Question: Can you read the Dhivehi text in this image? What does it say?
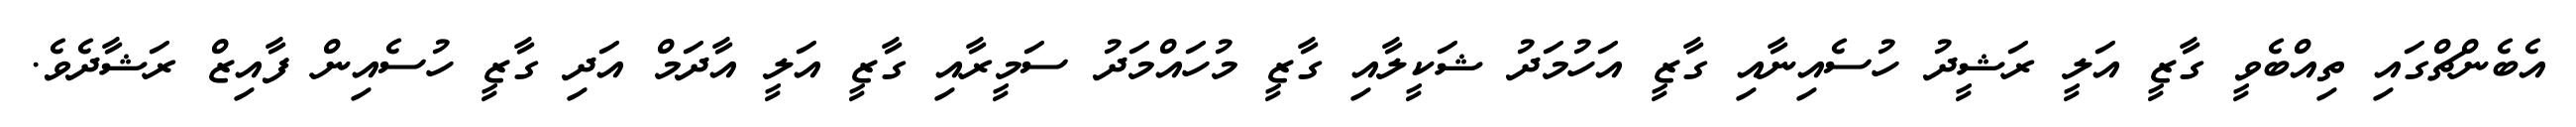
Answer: އެބެންޗްގައި ތިއްބެވީ ގާޒީ އަލީ ރަޝީދު ހުސެއިނާއި ގާޒީ އަހުމަދު ޝަކީލާއި ގާޒީ މުހައްމަދު ސަމީރާއި ގާޒީ އަލީ އާދަމް އަދި ގާޒީ ހުސެއިން ފާއިޒް ރަޝާދެވެ.